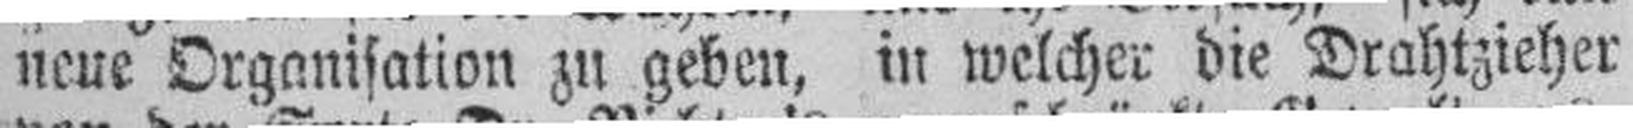
neue Organisation zu geben, in welcher die Drahtzieher